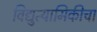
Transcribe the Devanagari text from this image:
विद्युत्यामिकीचा